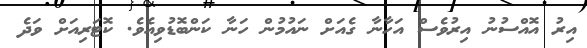
އިރު އޮއްސުނު އިރުވެސް އަހާނާ ގެއަށް ނައުމުން ހަނާ ކަންބޮޑުވިއެވެ. ކޮޓަރިއަށް ވަދެ